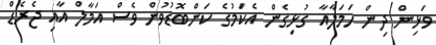
ވަޅިން ދިން ހަމަލާއާ ގުޅިގެން އެކަމުގެ ކަންބޮޑުވުން ވެސް އަމާލް އާއި ޖެރެޑް